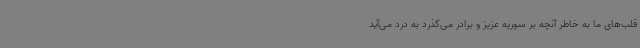
قلب‌های ما به خاطر آنچه بر سوریه عزیز و برادر می‌گذرد به درد می‌آید